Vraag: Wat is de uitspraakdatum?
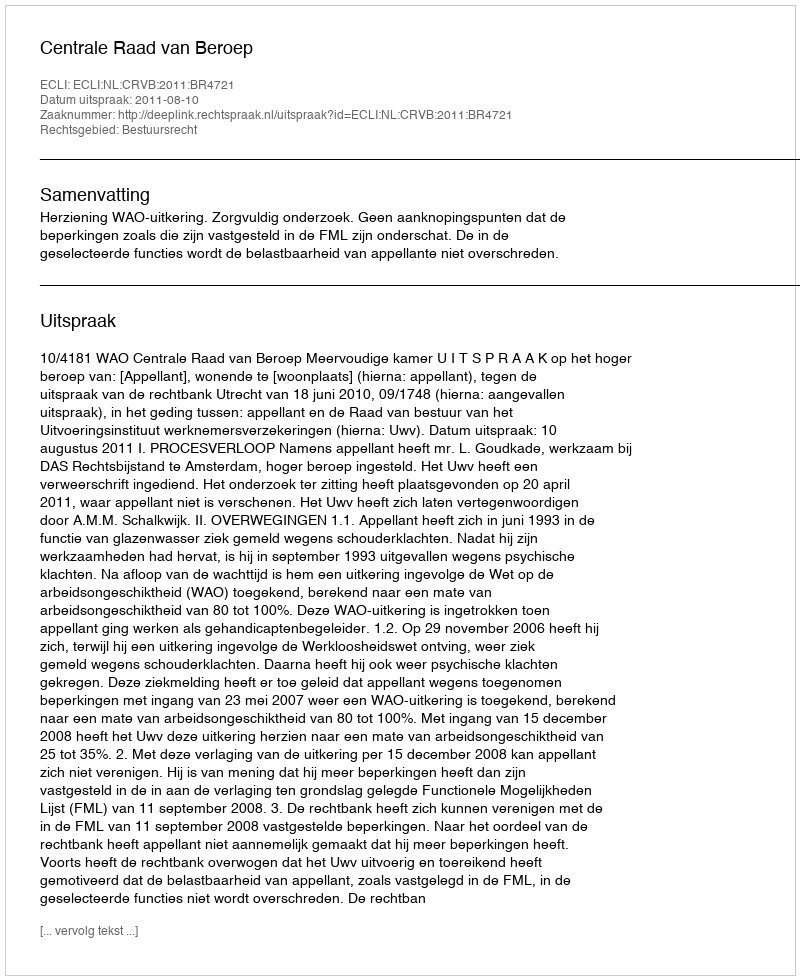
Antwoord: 2011-08-10